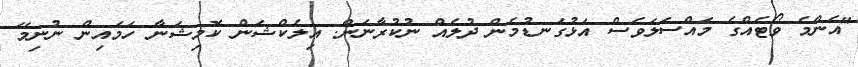
"އެންމެ ވޯޓެއްގެ މައްސަލަވެސް އަޅުގަނޑުމެން ދުލެއް ނުކުރާނަން. އިލެކްޝަން ކޮމިޝަނާ ހަމައިން ނުނިމޭ